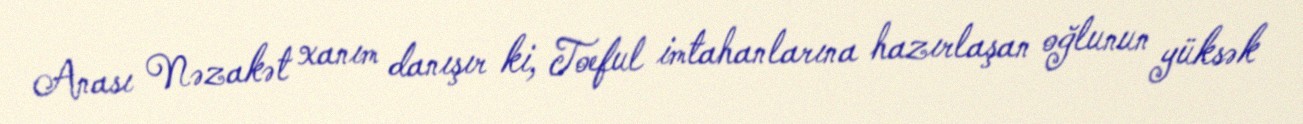
Anası Nəzakət xanım danışır ki, Toeful imtahanlarına hazırlaşan oğlunun yüksək